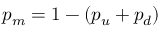
p _ { m } = 1 - ( p _ { u } + p _ { d } )